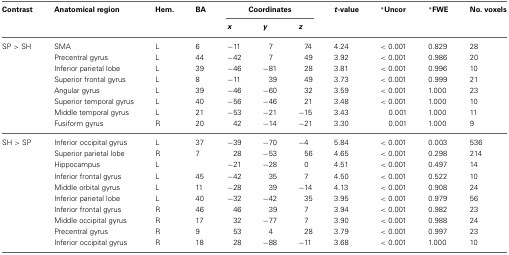
<table><thead><tr><td><b>Contrast</b></td><td><b>Anatomical region</b></td><td><b>Hem.</b></td><td><b>BA</b></td><td colspan="3"><b>Coordinates</b></td><td><b><i>t</i>-value</b></td><td><b><sup>*</sup>Uncor</b></td><td><b><sup>*</sup>FWE</b></td><td><b>No. voxels</b></td></tr><tr><td></td><td></td><td></td><td></td><td><b><i>x</i></b></td><td><b><i>y</i></b></td><td><b><i>z</i></b></td><td></td><td></td><td></td><td></td></tr></thead><tbody><tr><td>SP &gt; SH</td><td>SMA</td><td>L</td><td>6</td><td>−11</td><td>7</td><td>74</td><td>4.24</td><td>&lt; 0.001</td><td>0.829</td><td>28</td></tr><tr><td></td><td>Precentral gyrus</td><td>L</td><td>44</td><td>−42</td><td>7</td><td>49</td><td>3.92</td><td>&lt; 0.001</td><td>0.986</td><td>20</td></tr><tr><td></td><td>Inferior parietal lobe</td><td>L</td><td>39</td><td>−46</td><td>−81</td><td>28</td><td>3.81</td><td>&lt; 0.001</td><td>0.996</td><td>10</td></tr><tr><td></td><td>Superior frontal gyrus</td><td>L</td><td>8</td><td>−11</td><td>39</td><td>49</td><td>3.73</td><td>&lt; 0.001</td><td>0.999</td><td>21</td></tr><tr><td></td><td>Angular gyrus</td><td>L</td><td>39</td><td>−46</td><td>−60</td><td>32</td><td>3.59</td><td>&lt; 0.001</td><td>1.000</td><td>23</td></tr><tr><td></td><td>Superior temporal gyrus</td><td>L</td><td>40</td><td>−56</td><td>−46</td><td>21</td><td>3.48</td><td>&lt; 0.001</td><td>1.000</td><td>10</td></tr><tr><td></td><td>Middle temporal gyrus</td><td>L</td><td>21</td><td>−53</td><td>−21</td><td>−15</td><td>3.43</td><td>0.001</td><td>1.000</td><td>11</td></tr><tr><td></td><td>Fusiform gyrus</td><td>R</td><td>20</td><td>42</td><td>−14</td><td>−21</td><td>3.30</td><td>0.001</td><td>1.000</td><td>9</td></tr><tr><td>SH &gt; SP</td><td>Inferior occipital gyrus</td><td>L</td><td>37</td><td>−39</td><td>−70</td><td>−4</td><td>5.84</td><td>&lt; 0.001</td><td>0.003</td><td>536</td></tr><tr><td></td><td>Superior parietal lobe</td><td>R</td><td>7</td><td>28</td><td>−53</td><td>56</td><td>4.65</td><td>&lt; 0.001</td><td>0.298</td><td>214</td></tr><tr><td></td><td>Hippocampus</td><td>L</td><td></td><td>−21</td><td>−28</td><td>0</td><td>4.51</td><td>&lt; 0.001</td><td>0.497</td><td>14</td></tr><tr><td></td><td>Inferior frontal gyrus</td><td>L</td><td>45</td><td>−42</td><td>35</td><td>7</td><td>4.50</td><td>&lt; 0.001</td><td>0.522</td><td>10</td></tr><tr><td></td><td>Middle orbital gyrus</td><td>L</td><td>11</td><td>−28</td><td>39</td><td>−14</td><td>4.13</td><td>&lt; 0.001</td><td>0.908</td><td>24</td></tr><tr><td></td><td>Inferior parietal lobe</td><td>L</td><td>40</td><td>−32</td><td>−42</td><td>35</td><td>3.95</td><td>&lt; 0.001</td><td>0.979</td><td>56</td></tr><tr><td></td><td>Inferior frontal gyrus</td><td>R</td><td>46</td><td>46</td><td>39</td><td>7</td><td>3.94</td><td>&lt; 0.001</td><td>0.982</td><td>23</td></tr><tr><td></td><td>Middle occipital gyrus</td><td>R</td><td>17</td><td>32</td><td>−77</td><td>7</td><td>3.90</td><td>&lt; 0.001</td><td>0.988</td><td>24</td></tr><tr><td></td><td>Precentral gyrus</td><td>R</td><td>9</td><td>53</td><td>4</td><td>28</td><td>3.79</td><td>&lt; 0.001</td><td>0.997</td><td>23</td></tr><tr><td></td><td>Inferior occipital gyrus</td><td>R</td><td>18</td><td>28</td><td>−88</td><td>−11</td><td>3.68</td><td>&lt; 0.001</td><td>1.000</td><td>10</td></tr></tbody></table>